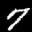
Label: 7